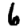
Digit: 6